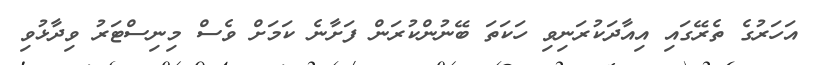
އަހަރުގެ ތެރޭގައި އިއާދަކުރަނިވި ހަކަތަ ބޭނުންކުރަން ފަށާނެ ކަމަށް ވެސް މިނިސްޓަރު ވިދާޅުވި